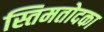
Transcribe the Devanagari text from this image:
स्तिमतोदका